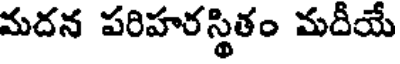
మదన పరిహరస్థితం మదీయే